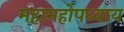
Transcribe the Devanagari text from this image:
महामहोपध्याय